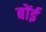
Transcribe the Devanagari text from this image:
बोंई